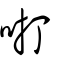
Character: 咑